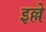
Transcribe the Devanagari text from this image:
इल्ले